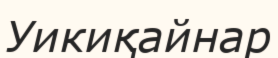
Уикиқайнар